Bréfritari: Lárus Bjarnason
Dagsetning: A-1874-06-07
Skrifað á: Vesturheimi

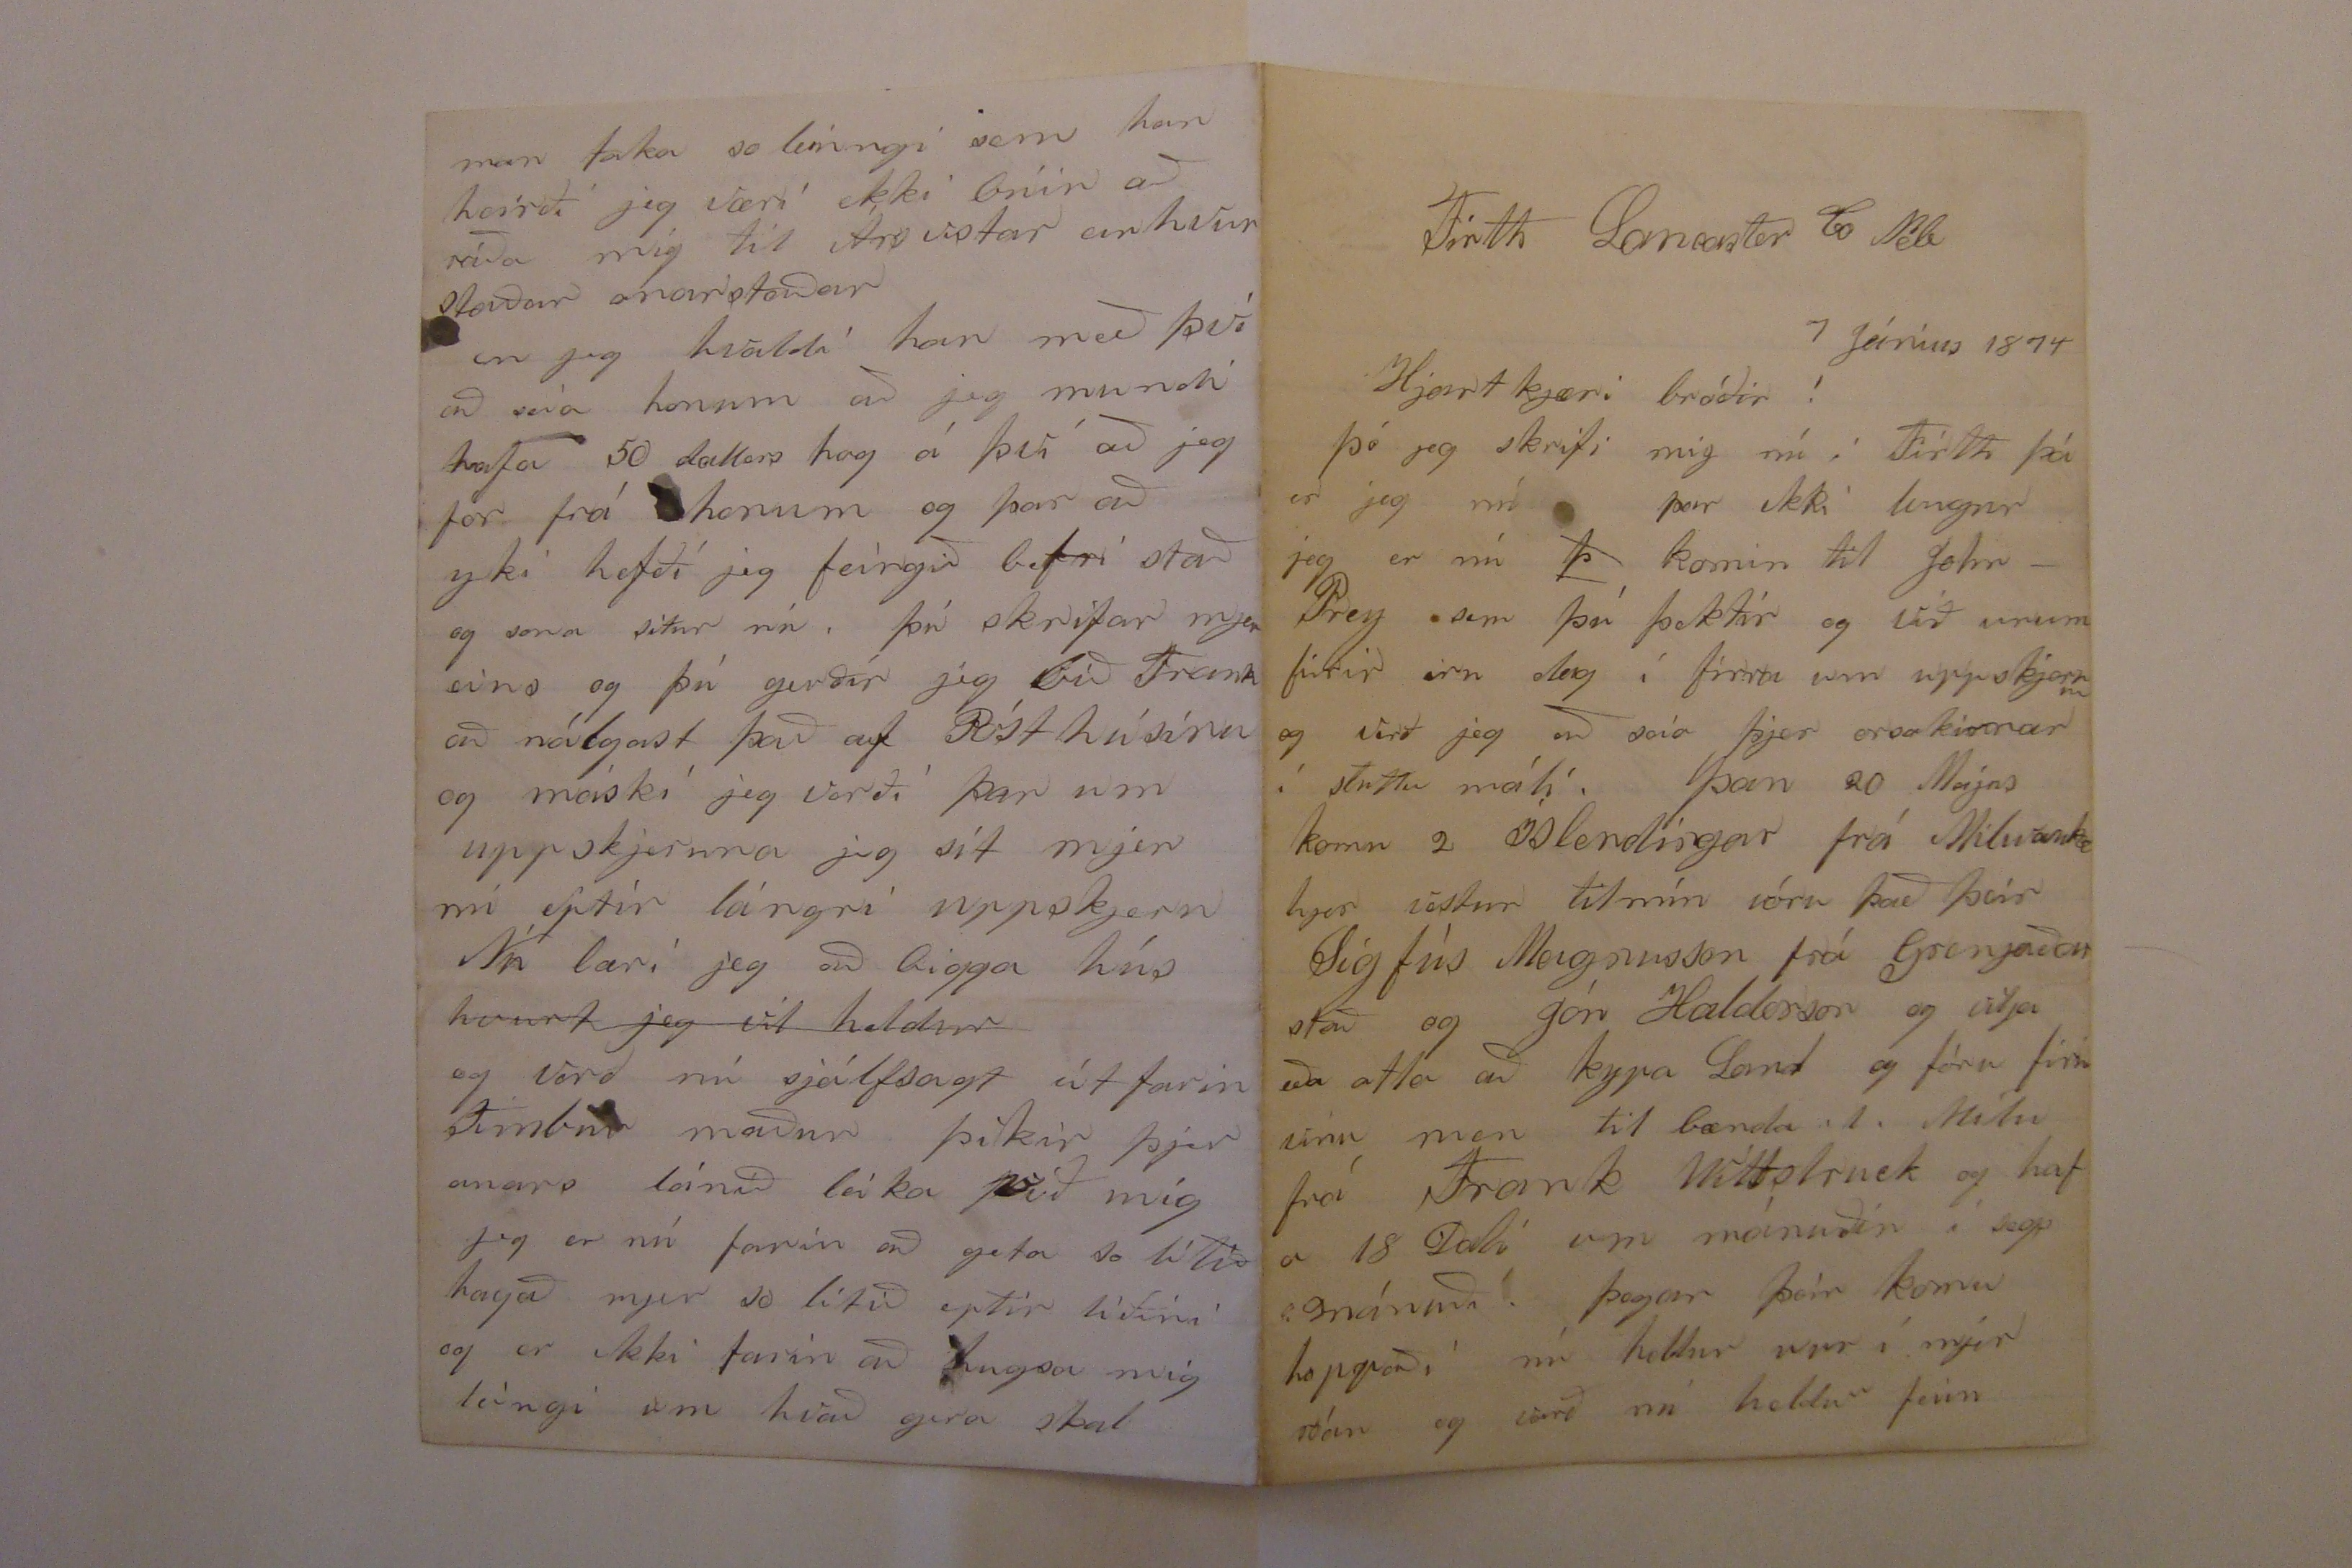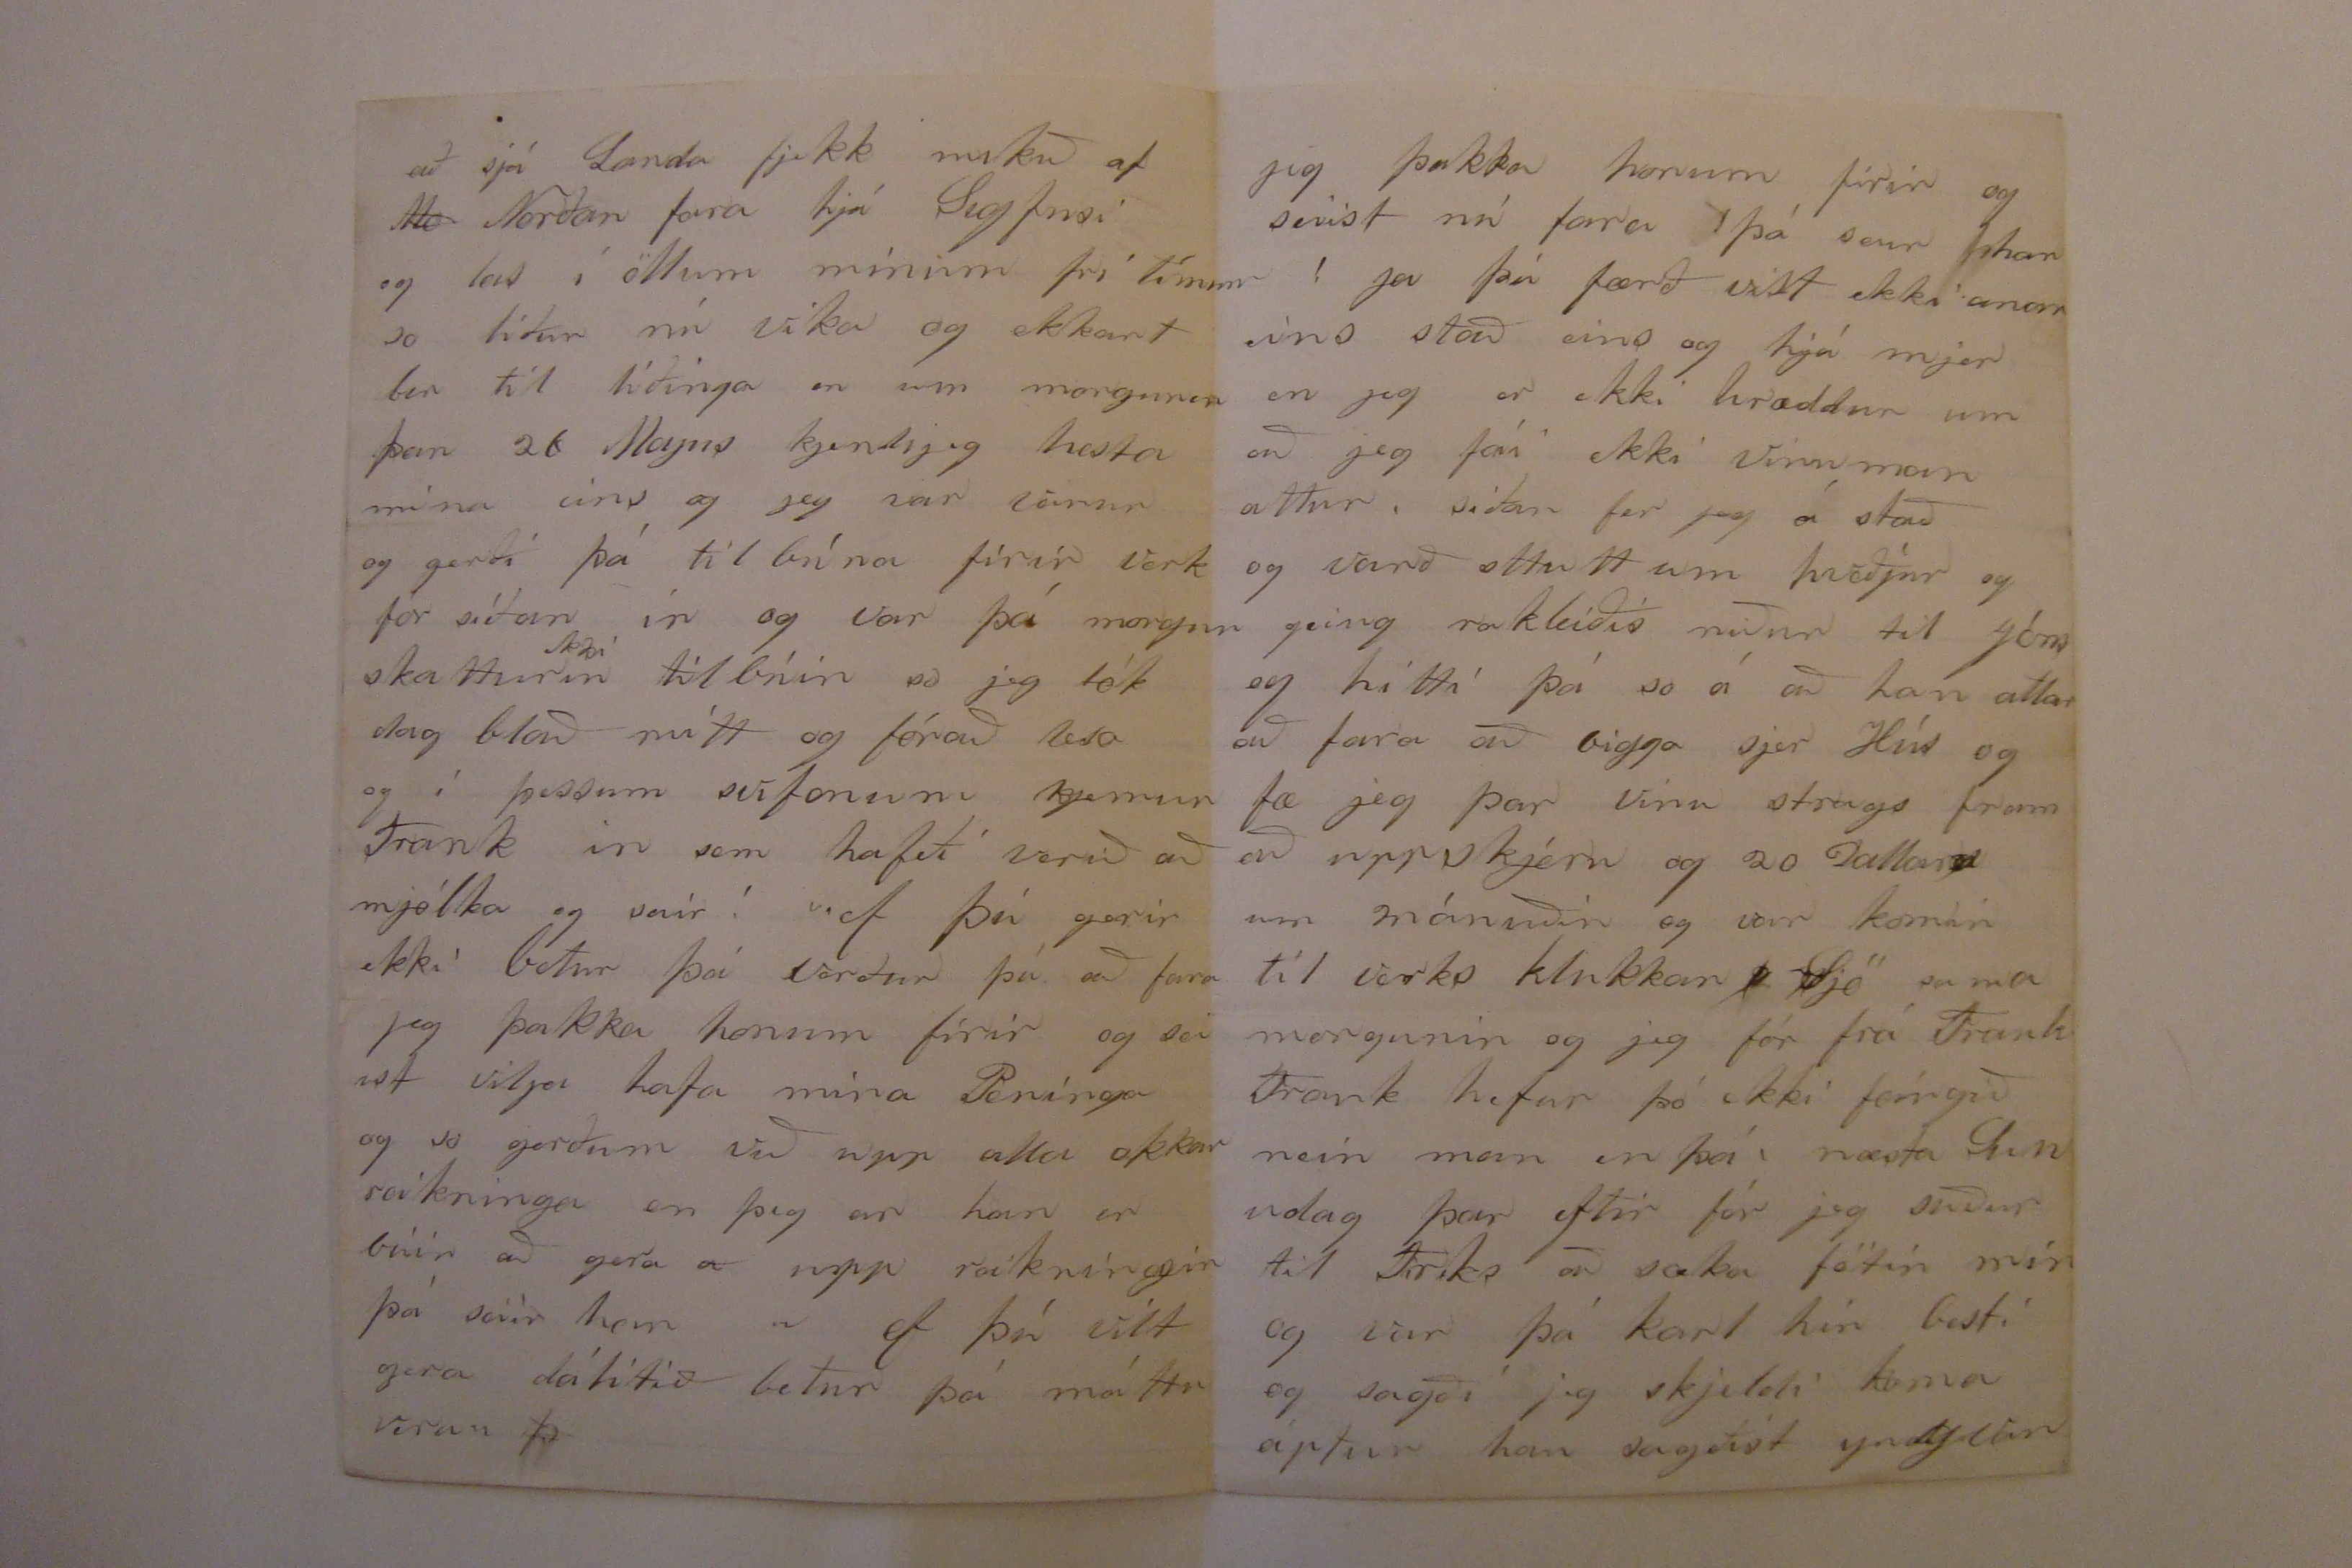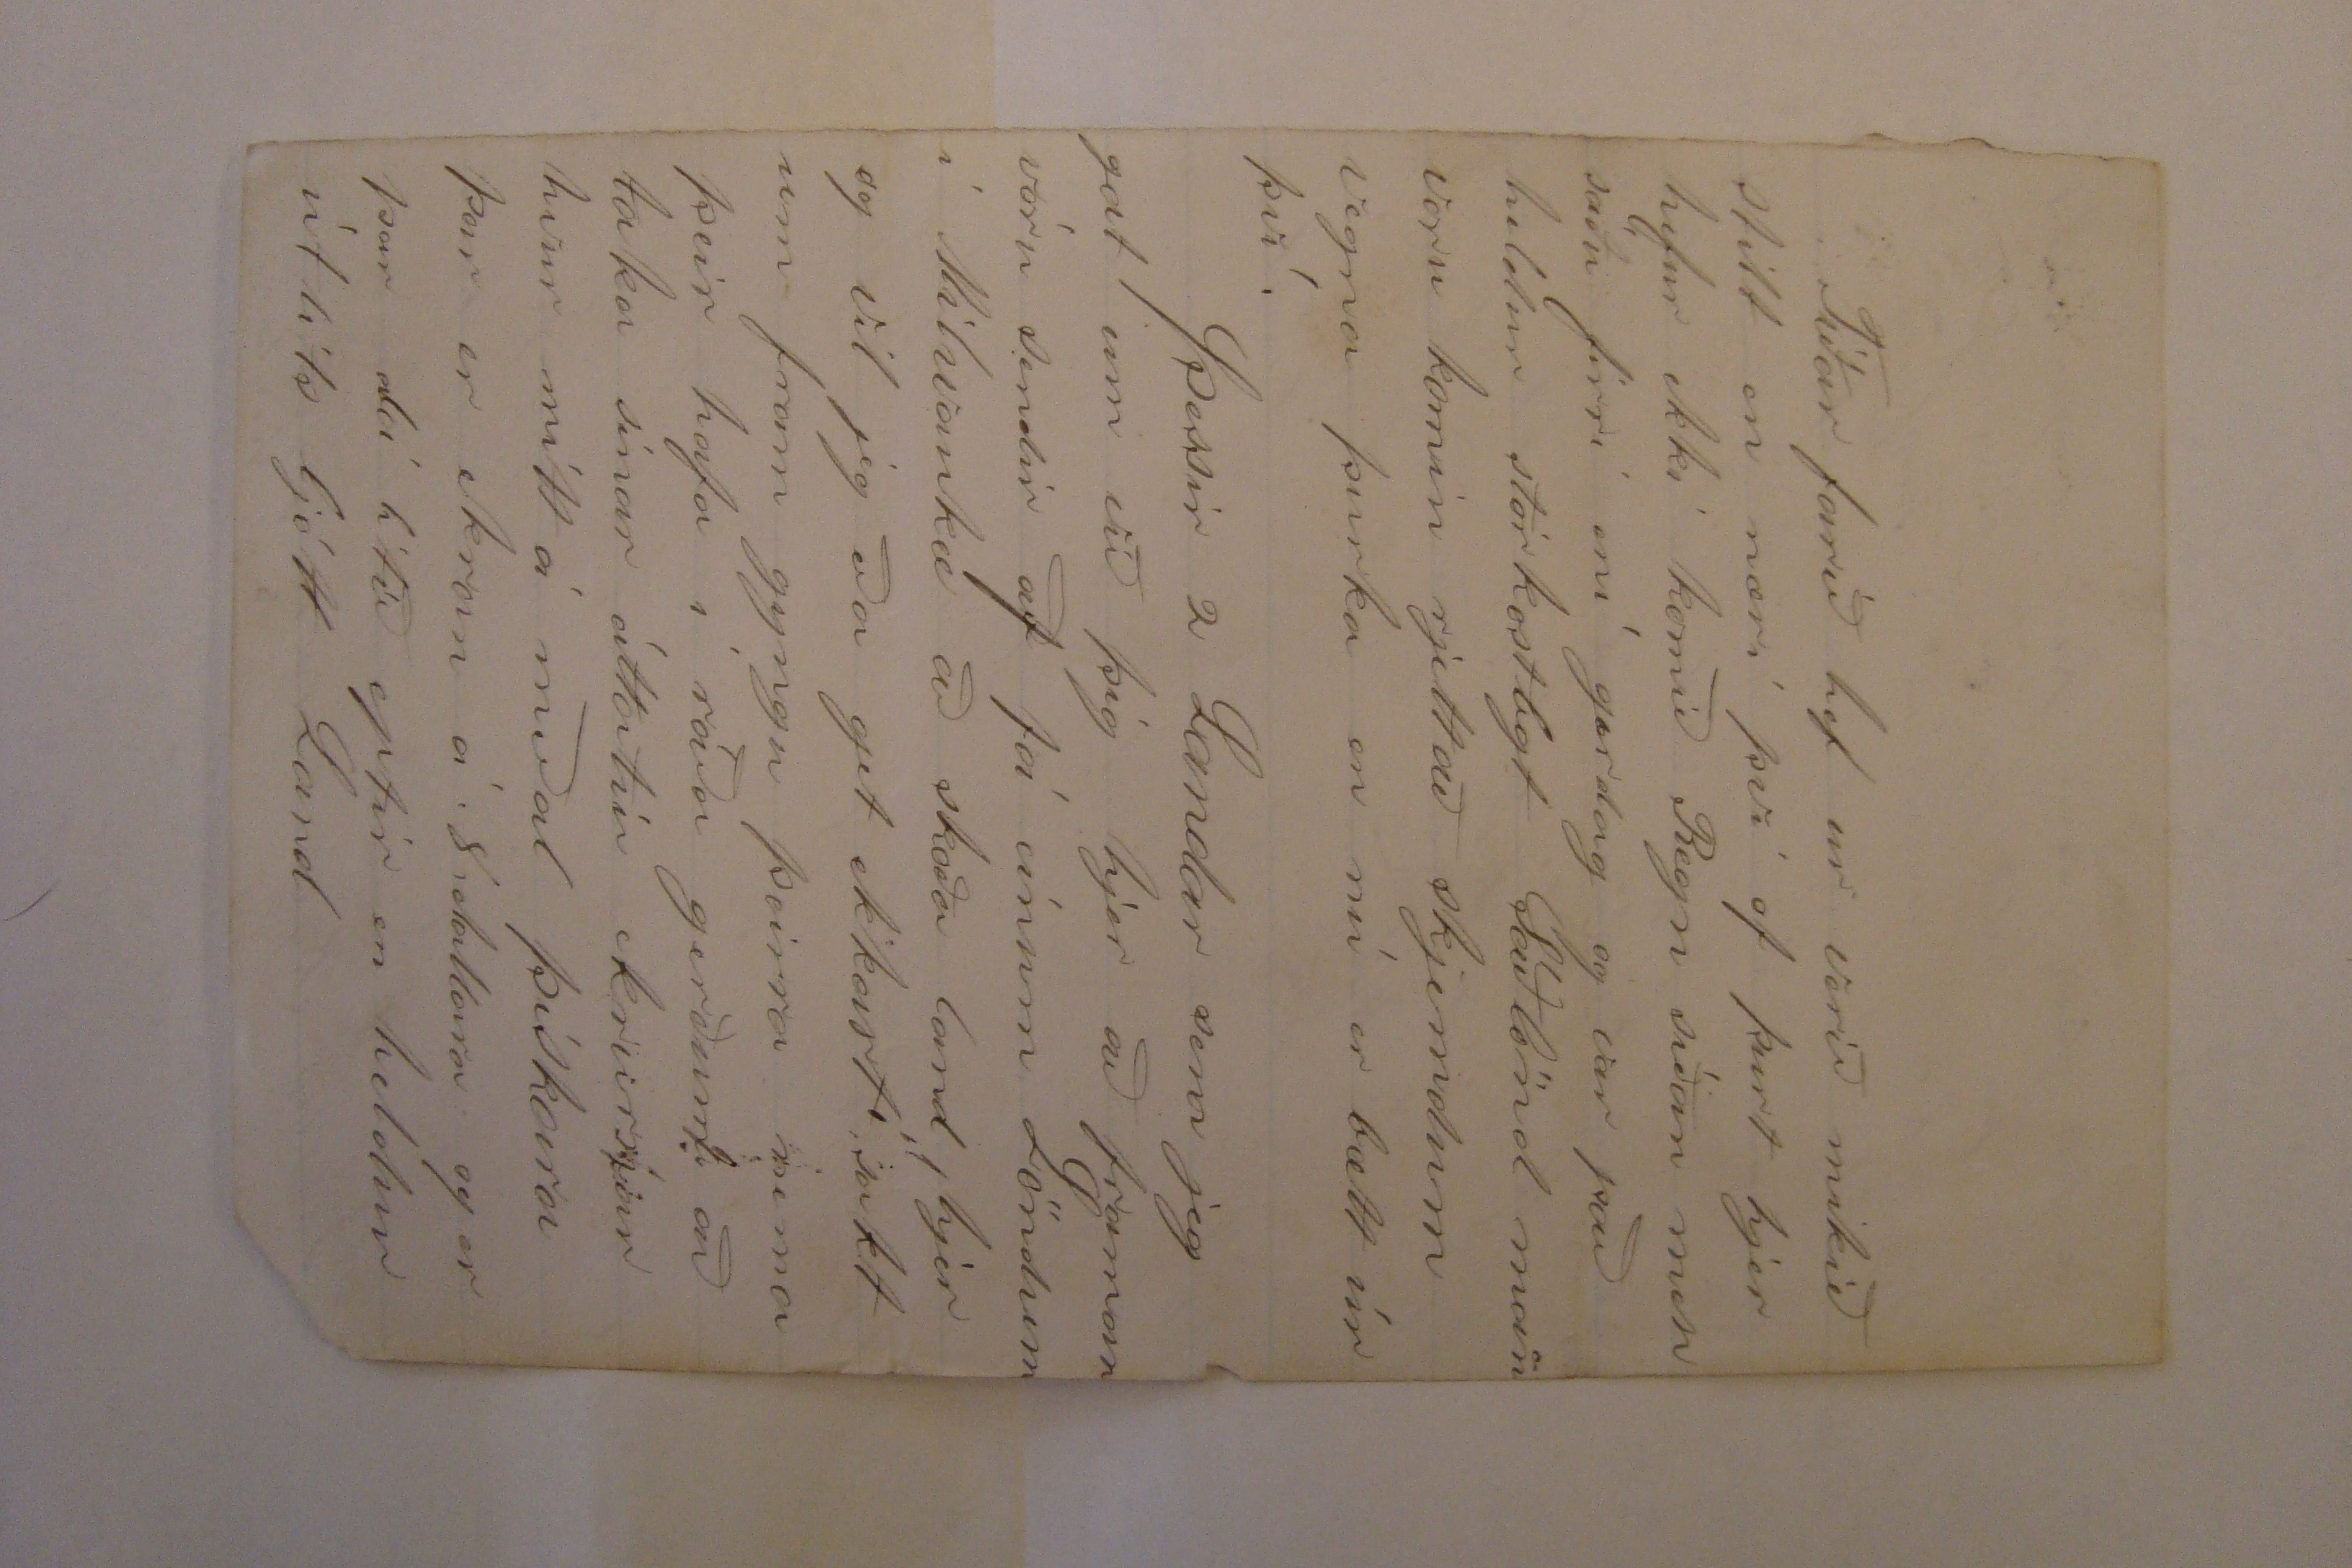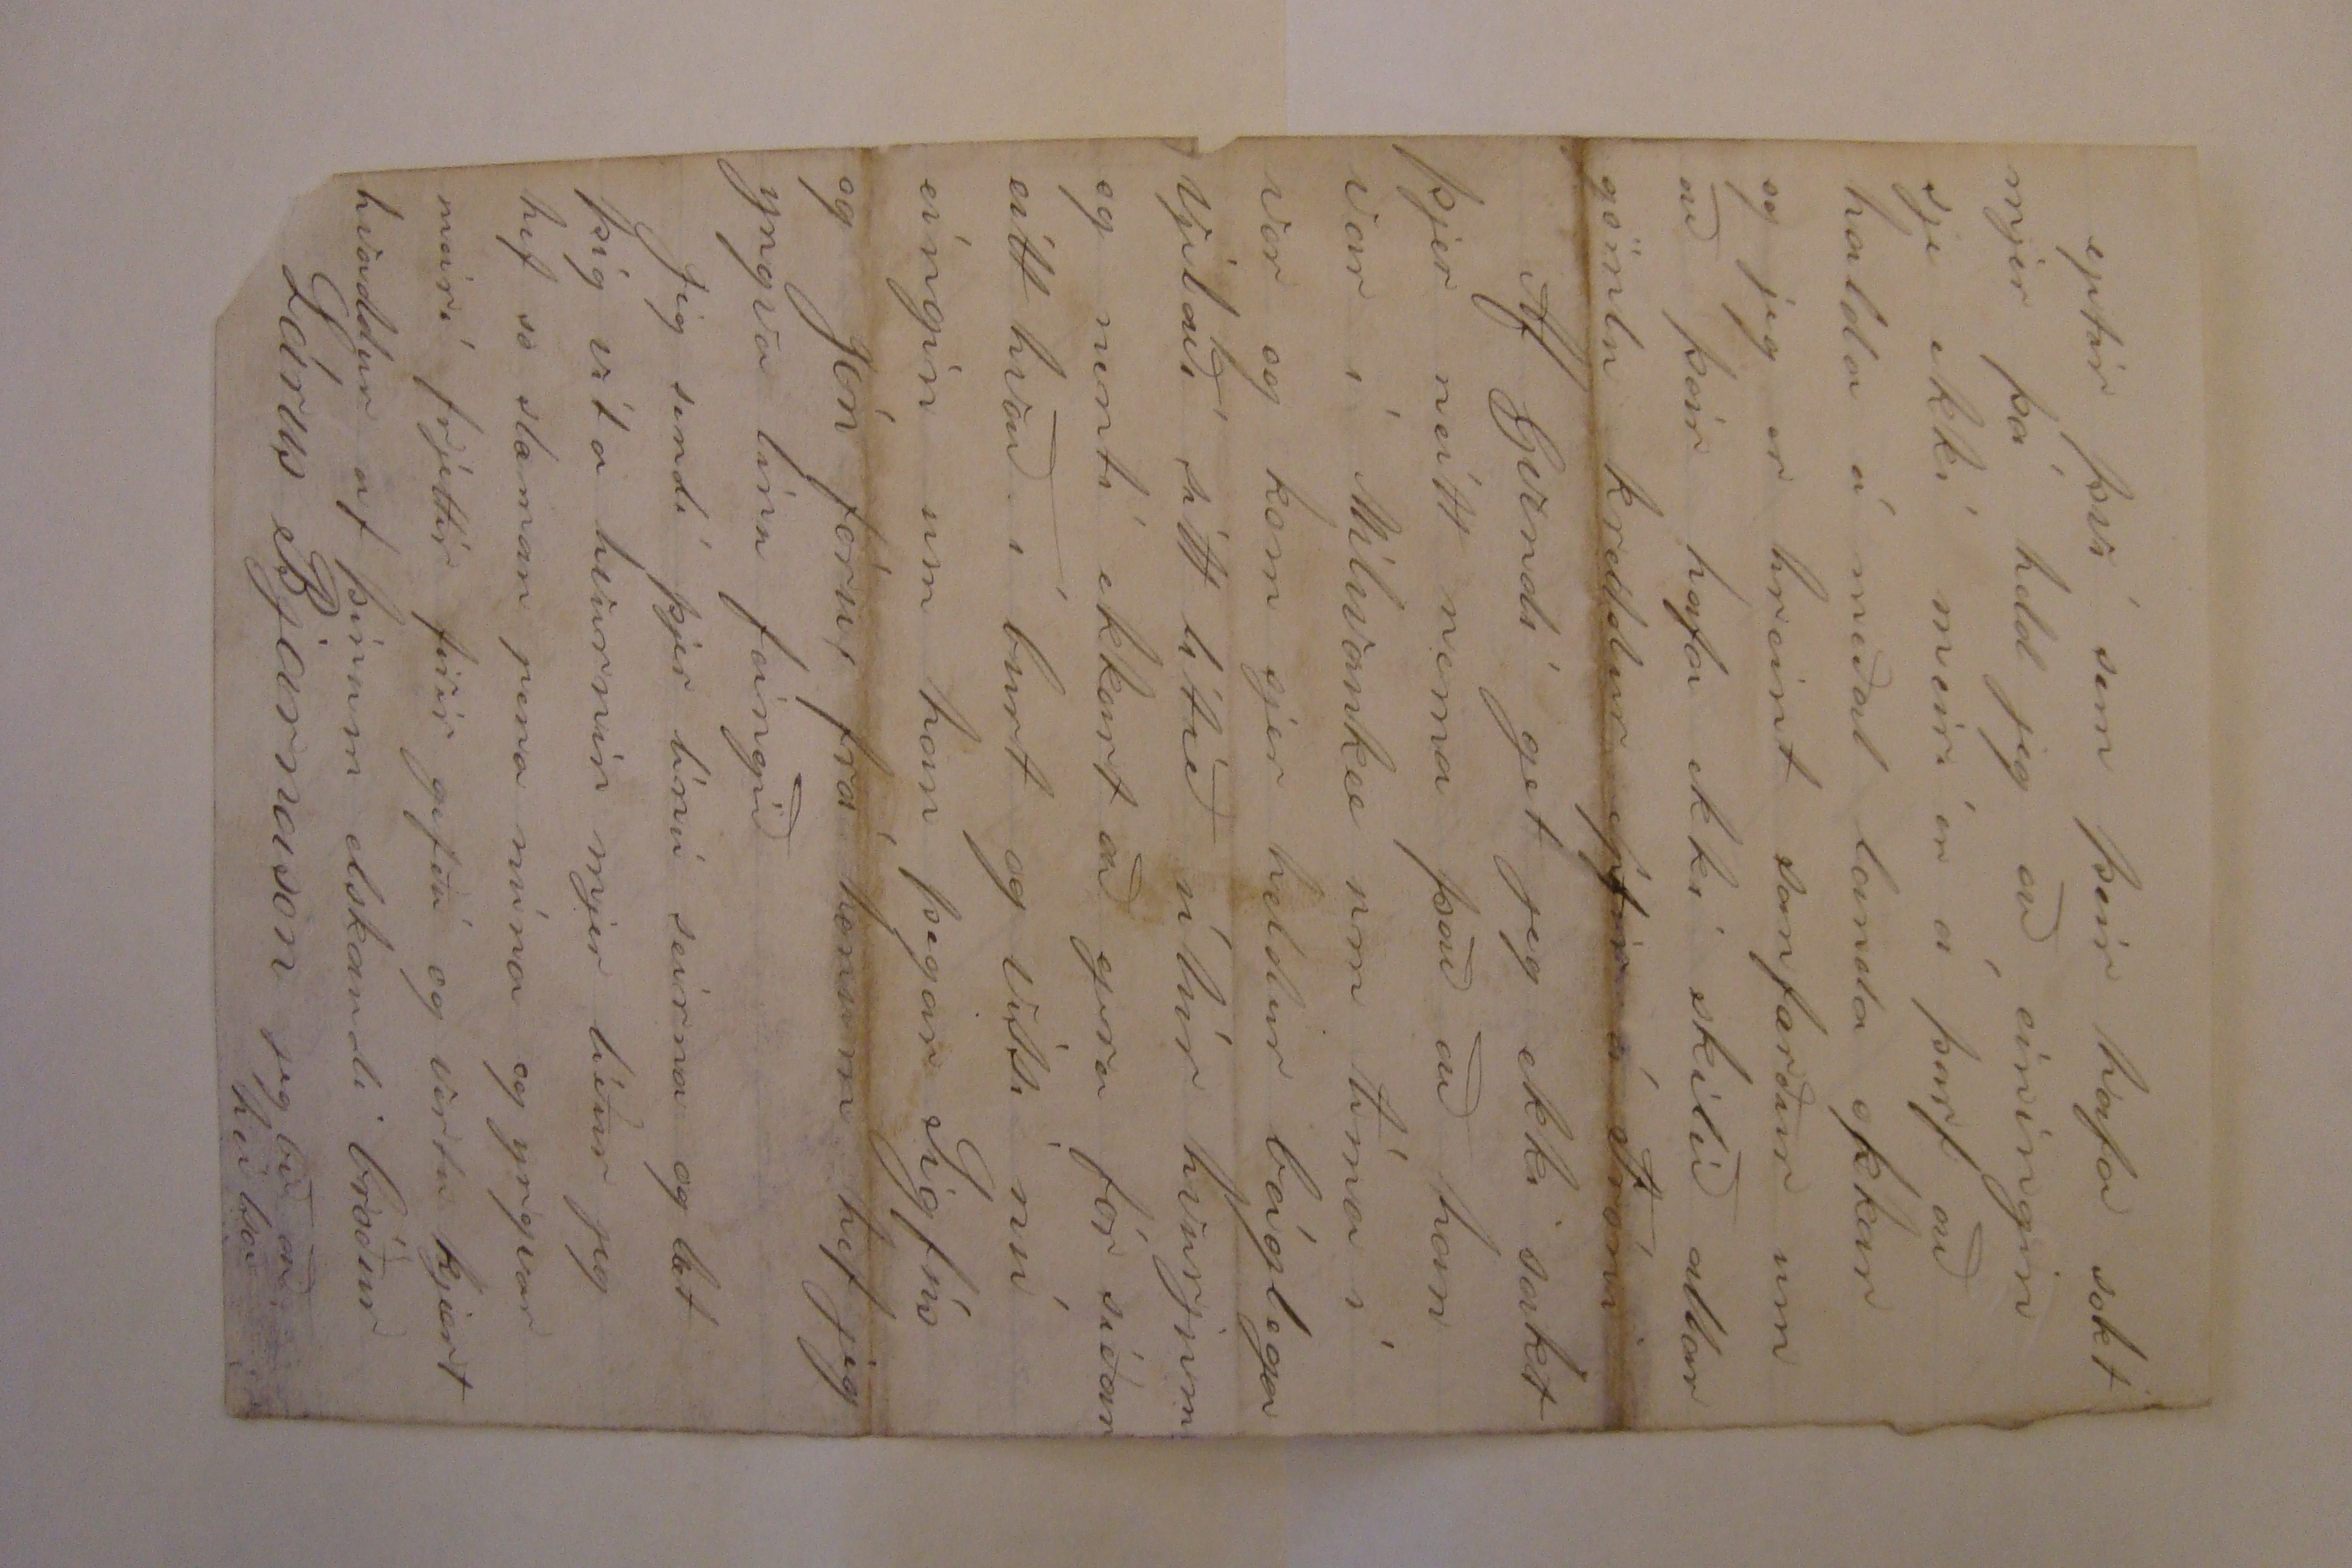

Firth Lancaster Co Neb
7 Júníus 1874
*Hjartkjæri bróðir!
þó jeg skrifi mig nú í Firth þá er jeg nú þar ekki lengur jeg er nú
þ
komin til John
Prey
sem þú þektir og við unum firir ern dag í firra um uppskjeru
na
og verð jeg að seia þjer orsakirnar í stuttu máli. þan 20 Majus komu 2 Íslendingar frá Milwauke hjer vestur til mín vóru það þeir Sigfús Magnusson frá Grenjaðarstað og Jón Haldorson og vilja eða atla að kypa Land og fóru firir vinu men til bænda 1. Mílu frá Frank
Wittstruck
og hafa 18 Dali um mánuðin í segs mánuði þegar þeir komu hoppaði nú heldur upp í mjer 0000 og varð nú heldur feiin
að sjá Landa fjekk mikið af
Mo
Norðan fara hjá Sigfusi og las í öllum mínum frí tímum so líður nú vika og ekkert ber til
tíðinga
en um morgunin þan 26 Majus kjendi jeg hesta mína eins og jeg var vanur og gerði þá tilbúna firir verk for síðan in og var þá morgun skatturin
ekki
tilbúin so jeg tók dag blað mitt og fórað lesa og í þessum
svifonum
kjemur FRank in sem hafði verið að mjólka og seiir "ef þú gerir ekki betur þá verður þú að fara jeg þakka honum firir og seiist vilja hafa mína Peninga og so gerðum við upp alla okkar reikninga en þegar han er búin að gera
a
upp reikningin þá seiir han " ef þú vilt gera dálítið betur þá máttu
veran
þ
jeg þakka honum firir og seiist nú fara þá seiir han ja þú færð víst ekki anan eins stað eins og hjá mjer en jeg er ekki hræddur um að jeg fái ekki vinuman attur. síðan fer jeg á stað og varð sttutt um kveðjur og geing rakleiðis niður til jóns og hitti þá so á að han atlar að fara að bigga sjer Hús og fæ jeg þar vinu strags fram að uppskjeru og 20 Dollara um mánuðin og var komin til verks klukkan
0
Sjö sama morgunin og jeg fór frá Frank Frank hefur þó ekki feingið nein man enþá í næsta Sunudag þar
eptir
fór jeg suður til
Fraks
að sæka fötin mín og var þa karl hin besti og sagði jeg skjildi koma aptur han sagðist yngvan
man taka so leingi sem han heirði jeg væri ekki búin að ráða mig til Ársvistar einhvur staðar anarstaðar
en jeg kvaldi han með því að seia honum að jeg mundi hafa 50 Dollars hag á því að jeg fór frá honum og þar að yki hefði jeg feingið betri stað og sona situr nú. þú skrifar mjer eins og þú gerðir jeg bið Frank að nálgast það af Pósthúsinu og máski jeg verði þar um uppskjeruna jeg sit mjer nú eptir lángri uppskjeru
Nú læri jeg að bigga hús
hvurt jeg vil heldur
og verð nú sjálfsagt út farin timbur maður þikir þjer anars lánið leika við mig jeg er nú farin að geta so lítið hagað mjer so lítið eptir tíðini og er ekki farin að hugsa mig leingi um hvað gera skal
Tíðar farið hefur verið mikið stilt en næri því of þurt hjer hefur ekki komið Regn síðan men sáðu firri ení gærdag og var það heldur stórkostlegt Sáðlönd man
a
voru komin rjett að skjemdum vegna þurka en nú er bætt úr því.
Þessir 2 Landar sem jeg gat um við þig hjer að framan vóru sendir af fá einum Löndum í Milwaukee að skoða land hjer og vil jeg eða get ekkert sakt um fram gyngu þeirra nema þeir hafa í ráða gerðum að taka sínar áttatíu ekrurnar hvur mitt á meðal þískara þar er ekran á 8 dollara og er þar dá lítið eptir en heldur útlits ljótt Land
eptir því sem þeir hafa sakt mjer þá held jeg að einingin sje ekki meiri en á þarf að halda á meðal landa okkar og jeg er hreint sanfærður um að þeir hafa ekki skilið allar gömlu kreddur eptir á Fróni
Af Gvendi get jeg ekki sakt þjer neitt nema það að han var í Milwaukee um tíma í vor og kom sjer heldur báglega
vjelaði
sitt lítið útúr hvurjum og nenti ekkert að gera fór síðan eitt hvað í burt og vissi nú eingin um han þegar Sigfús og Jón fóru frá honum hef jeg yngva línu feingið
Jeg sendi þjer línu seirna og læt þig vita hvurnin mjer líður jeg hef so slæman pena núna og yngvar meiri frjettir firir gefðu og vertu kjært kvaddur af þínum elskandi bróður
Lárus Bjarnason
jeg bið að heilsa